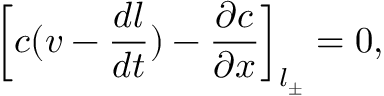
\left[ c ( v - \frac { d l } { d t } ) - \frac { \partial c } { \partial x } \right] _ { l _ { \pm } } = 0 ,